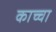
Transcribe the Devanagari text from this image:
काच्चा